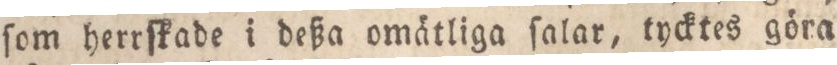
ſom herrſkade i deßa omätliga ſalar, tycktes göra